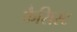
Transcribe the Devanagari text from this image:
फैसिस्ट